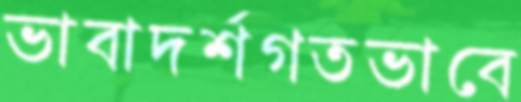
ভাবাদর্শগতভাবে